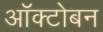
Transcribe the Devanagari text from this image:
ऑक्टोबन